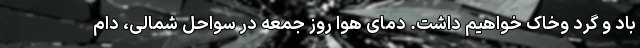
باد و گرد وخاک خواهیم داشت. دمای هوا روز جمعه در سواحل شمالی، دام